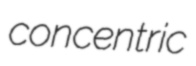
concentric